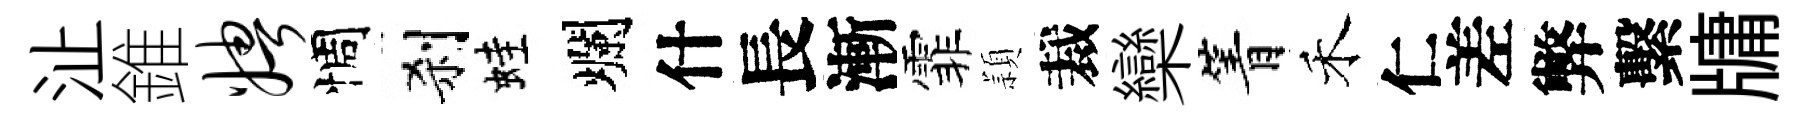
沚錐娉惆刹蛙爛什長漸霏頴裁欒箐禾仁差弊繫牗